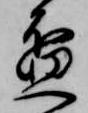
盃